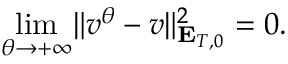
\underset { \theta \rightarrow + \infty } { \operatorname* { l i m } } \Vert v ^ { \theta } - v \Vert _ { \mathbf { E } _ { T , 0 } } ^ { 2 } = 0 .